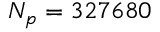
N _ { p } = 3 2 7 6 8 0